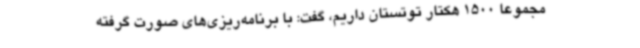
مجموعاً 1500 هکتار توتستان داریم، گفت: با برنامه‌ریزی‌های صورت گرفته